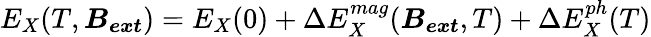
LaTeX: E_{X}(T,\boldsymbol{B_{ext}})=E_{X}(0)+\Delta E_{X}^{mag}(\boldsymbol{B_{ext}},T)+\Delta E_{X}^{ph}(T)